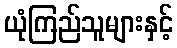
ယုံကြည်သူများနှင့်